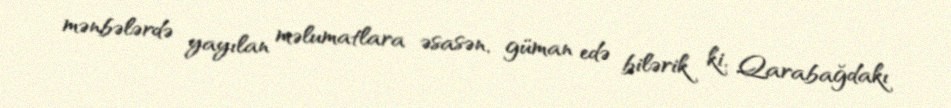
mənbələrdə yayılan məlumatlara əsasən, güman edə bilərik ki, Qarabağdakı